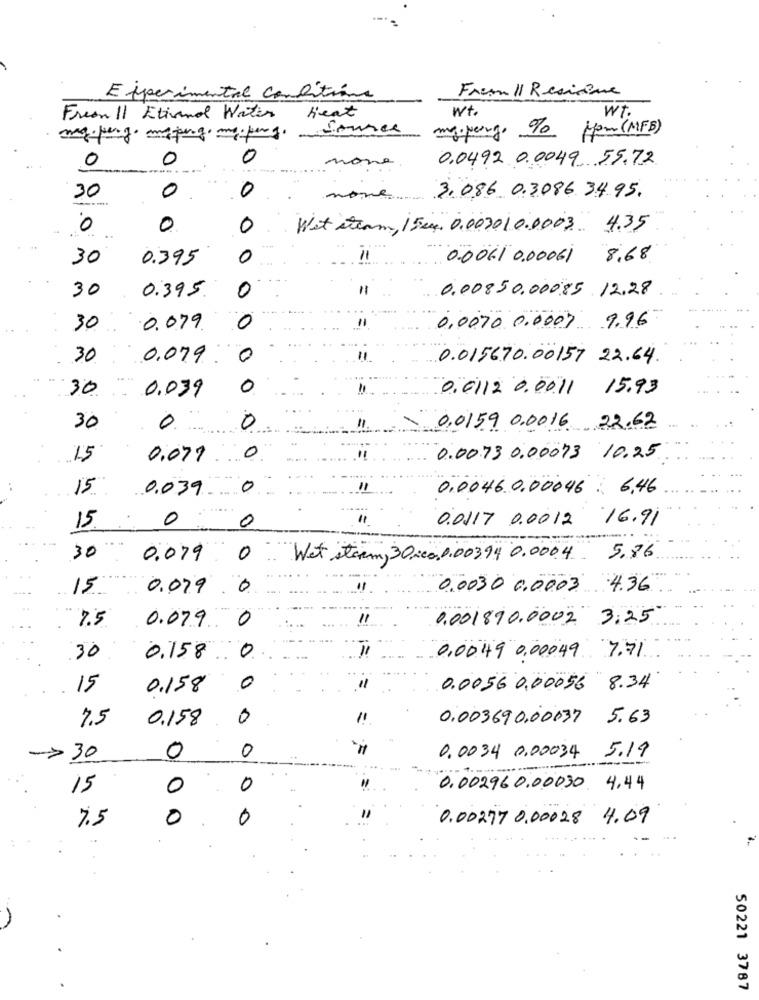
Frem Il Resistme
Experimental conditiona
heat
wt.
wt.
Freen 11 Etivand Water
my. penge % Hom (MFB)
0
0
0
0.0492.0.0049. 55.72
none
30
0
0
none
3. 086 0.3086. 34.95.
0
0
0
Wet stram, / Fer. 0.003010.0003 4.35
30
0.395
0
1
0.0061 0.00061 8.68
0.395.
0
0.00850.000.85 12.28
30
30
0.079.
0
0,0070 0.0007 9.96
30
0.079 .
0
0.015670.00157 22.64
30
0.039
0
0.0112 0.00.11 15.93
0
30
11.
0,0159 0.0016 22.62
15
0.077
0
0.00.73 0.00073 10.25
15
0.039
0
11
0.0046.0.00046 : 6,46
0
0.0117 0.0012
16.91
15
0
30
0.079
0
Wet storm, 3Orea 0.00394 0.000.4 5.86
15
0.079
0
0,0030 0.0003 4.36
7.5
11
0.001890.0002 3:25
0.079 0
30
0.158 . 0
0,00,49 0.00049 7.71
15
0.158
0
0.0056 0,00056 8.34
7.5
0.158
0
0.003690.00037 5.63
0
->30
0
0.0034 0,00034 5.19
15
0
0
0. 002960.00030 4.44
7.5
0
0
0.00277 0,00028 4.09
50221 3787